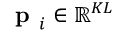
\textbf { p } _ { i } \in \mathbb { R } ^ { K L }